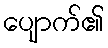
ပျောက်၏